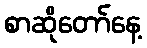
စာဆိုတော်နေ့